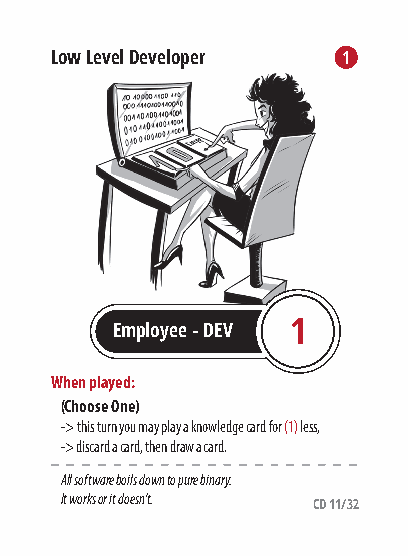
Low Level Developer 12
 Employee - DEV 1
 When played:
 (Choose One)
 -> this turn you may play a knowledge card for (1) less,
 -> discard a card, then draw a card.
 All software boils down to pure binary.
 It works or it doesn’t.
 CD 11/32